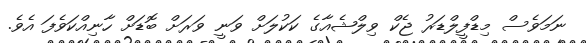
ނަމަވެސް މިޑްފީލްޑަރު ޖެކް ވިލްޝެއާގެ ކަކުލަށް ވަނީ ވަރަށް ބޮޑަށް ހާނިއްކަވެފަ އެވެ.